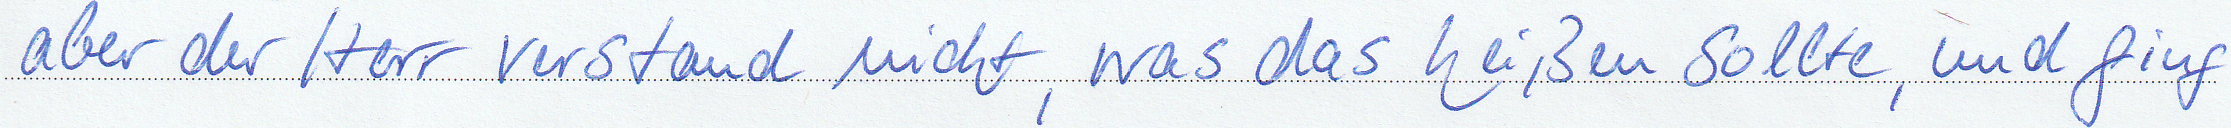
aber der Herr verstand nicht, was das heißen sollte, und ging